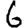
Digit: 6